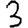
Digit: 3